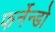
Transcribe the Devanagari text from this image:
फर्नेन्डो